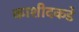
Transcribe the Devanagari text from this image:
काशीदकडे